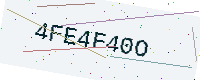
Text: 4FE4F40O